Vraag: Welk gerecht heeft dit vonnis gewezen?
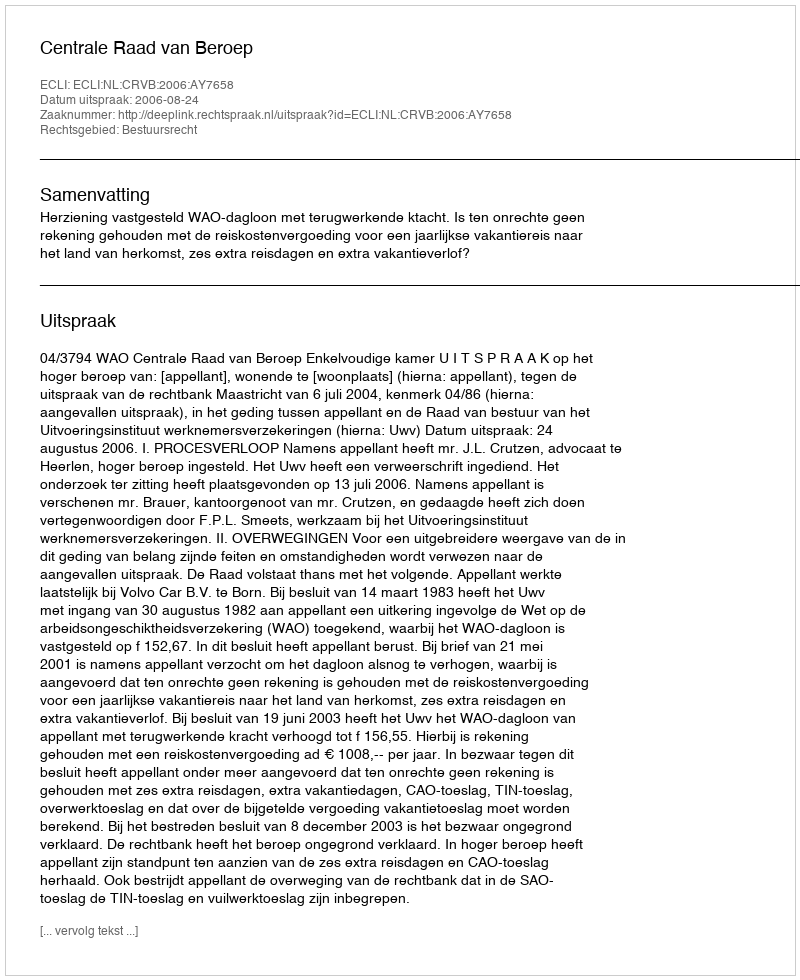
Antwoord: Centrale Raad van Beroep